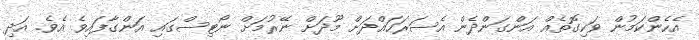
އެހެންކަމުން ވަކިގޮތެއް އަންގަންދެން އެސަރަހައްދަށް މޫދަށް ނޭރުމަށް ނޯޓިސްގައި އަންގާފައިވެ އެވެ. އަދި